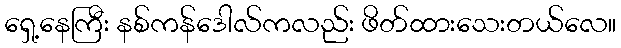
ရှေ့နေကြီး နစ်ကန်ဒေါလ်ကလည်း ဖိတ်ထားသေးတယ်လေ။